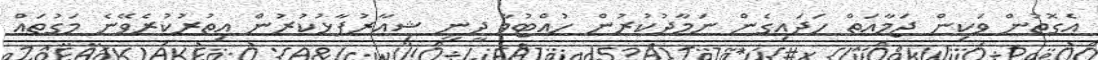
އެގޮތުން ވަކިން ޖަމާއަތް ހަދައިގެން ނަމާދުކުރުން ހުއްޓުވާ ދީނީ ޝިއާރުފާޅުކުރުން އިތުރުކުރެވޭނެ މަގުތައް